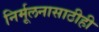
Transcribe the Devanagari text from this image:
निर्मूलनासाठीही